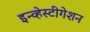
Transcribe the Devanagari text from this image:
इन्व्हेस्टीगेशन